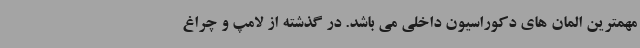
مهمترین المان های دکوراسیون داخلی می باشد. در گذشته از لامپ و چراغ